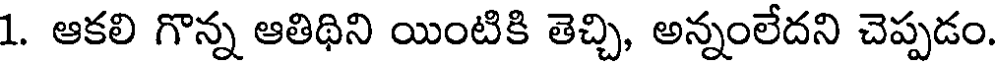
1. ఆకలి గొన్న ఆతిథిని యింటికి తెచ్చి, అన్నంలేదని చెప్పడం.